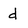
Character: d